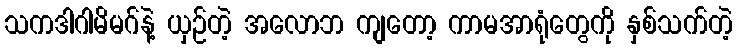
သကဒါဂါမိမဂ်နဲ့ ယှဉ်တဲ့ အလောဘ ကျတော့ ကာမအာရုံတွေကို နှစ်သက်တဲ့